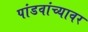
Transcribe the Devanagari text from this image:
पांडवांच्यावर